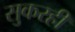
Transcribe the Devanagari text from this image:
सुकरही